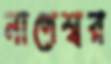
নাগেশ্বর